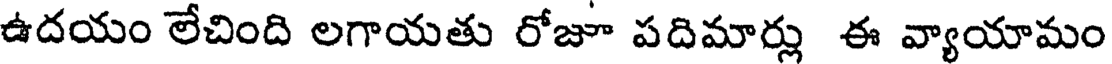
ఉదయం లేచింది లగాయతు రోజూ పదిమార్లు ఈ వ్యాయామం